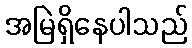
အမြဲရှိနေပါသည်